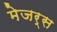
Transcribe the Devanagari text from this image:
मेजर्स